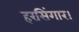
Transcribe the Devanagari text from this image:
हरसिंगार।